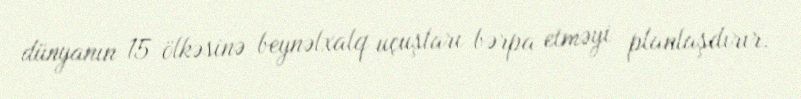
dünyanın 15 ölkəsinə beynəlxalq uçuşları bərpa etməyi planlaşdırır.